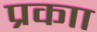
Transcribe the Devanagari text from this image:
प्रकाा